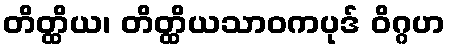
တိတ္ထိယ၊ တိတ္ထိယသာဝကပုဒ် ဝိဂ္ဂဟ